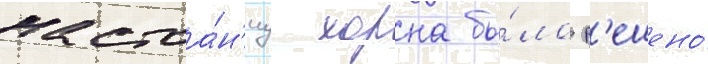
настоа́н'иу хорна бы́ло р'ешено́